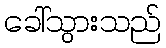
ခေါ်သွားသည်